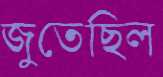
জুতেছিল